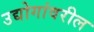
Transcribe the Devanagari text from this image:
उद्योगांवरील